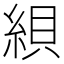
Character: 𦁀